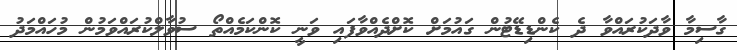
ގާސިމާ ވާދަކުރައްވާ ދެ ކެންޑިޑޭޓުން ގައުމަށް ކޮށްދެއްވާފައި ވަނީ ކޮންކަމެއްތޯ ސުވާލްކުރައްވަމުން މުހައްމަދު